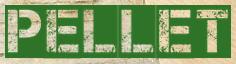
PELLET